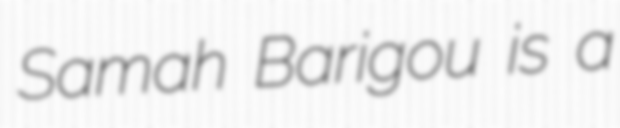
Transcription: Samah Barigou is a